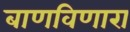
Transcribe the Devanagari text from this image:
बाणविणारा